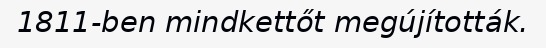
1811-ben mindkettőt megújították.